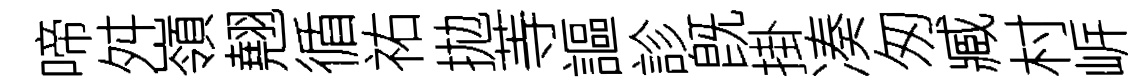
啼舛嶺翹循祐拋䓁謳診旣掛凑匆臧村㟁